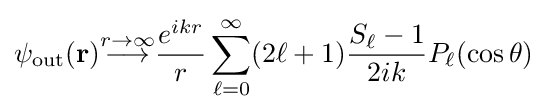
\psi _{\text{out}}(\mathbf {r} ){\stackrel {r\to \infty }{\longrightarrow }}{\frac {e^{ikr}}{r}}\sum _{\ell =0}^{\infty }(2\ell +1){\frac {S_{\ell }-1}{2ik}}P_{\ell }(\cos \theta )